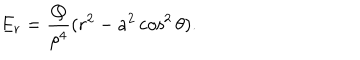
E _ { r } = \frac { Q } { \rho ^ { 4 } } ( r ^ { 2 } - a ^ { 2 } \cos ^ { 2 } \theta ) .